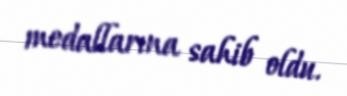
medallarına sahib oldu.